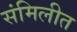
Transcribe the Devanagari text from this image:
संमिलीत